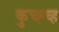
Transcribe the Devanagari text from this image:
कुच्ह्च्ह